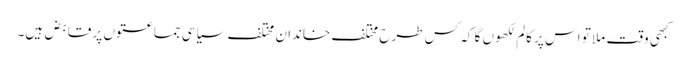
کبھی وقت ملا تو اس پر کالم لکھوں گا کہ کس طرح مختلف خاندان مختلف سیاسی جماعتوں پر قابض ہیں۔